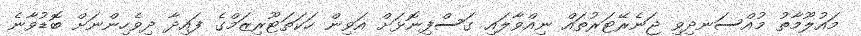
މައުލޫމާތު މުއްސަނދިވި ޖަނެރޭޓަރުތައް ނިއްވާލައި ގަސްފިނޮޅަށް އަވިން ހަކަތަޓޫރިޒަމްގެ ފައިދާ ދިވެހިންނަށް ބޮޑުވާނެ